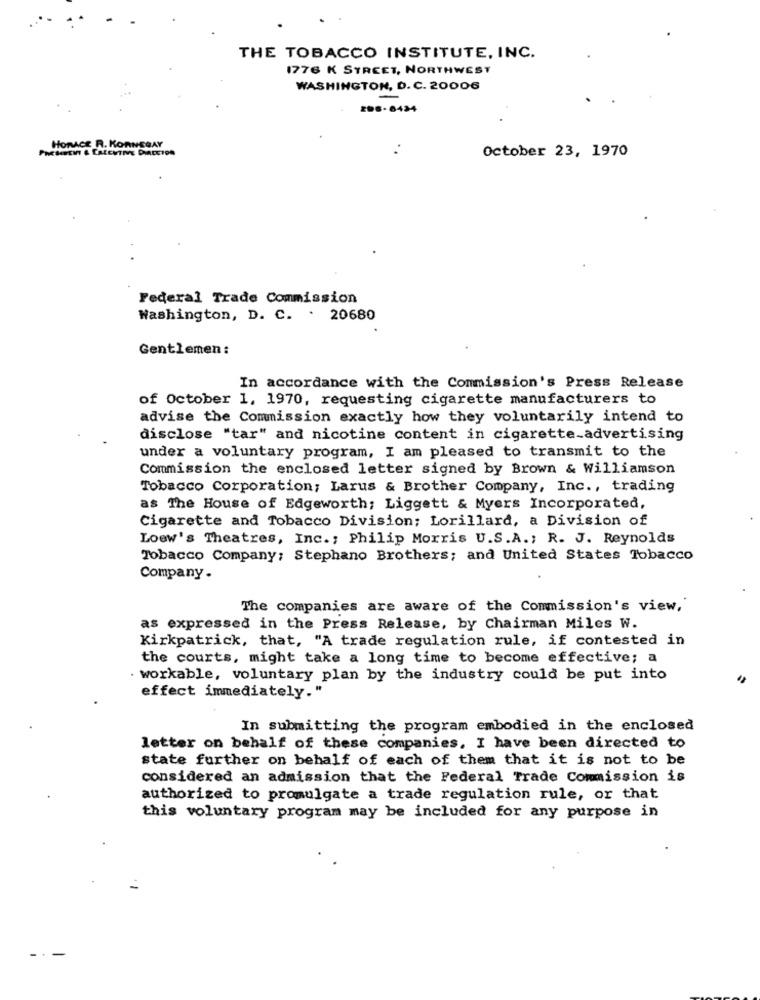
THE TOBACCO INSTITUTE, INC.
1776 K STREET, NORTHWEST
WASHINGTON, D. C. 20006
206-6434
HORACE R. KORNSGAY
PMEHREIN & CALENTIVE DIACETON
October 23, 1970
Federal Trade Commission
Washington, D. C. . 20680
Gentlemen:
In accordance with the Commission's Press Release
of October 1, 1970, requesting cigarette manufacturers to
advise the Commission exactly how they voluntarily intend to
disclose "tar" and nicotine content in cigarette_advertising
under a voluntary program, I am pleased to transmit to the
Commission the enclosed letter signed by Brown & Williamson
Tobacco Corporation; Larus & Brother Company, Inc ., trading
as The House of Edgeworth; Liggett & Myers Incorporated,
Cigarette and Tobacco Division; Lorillard, a Division of
Loew's Theatres, Inc .; Philip Morris U.S.A .; R. J. Reynolds
Tobacco Company; Stephano Brothers; and United States Tobacco
Company .
The companies are aware of the Commission's view,
as expressed in the Press Release, by Chairman Miles W.
Kirkpatrick, that, "A trade regulation rule, if contested in
the courts, might take a long time to become effective; a
workable, voluntary plan by the industry could be put into
effect immediately."
In submitting the program embodied in the enclosed
letter on behalf of these companies, I have been directed to
state further on behalf of each of them that it is not to be
considered an admission that the Federal Trade Commission is
authorized to promulgate a trade regulation rule, or that
this voluntary program may be included for any purpose in